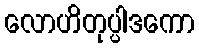
လောဟိတုပ္ပါဒကော